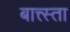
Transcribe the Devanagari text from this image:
बात्त्स्ता